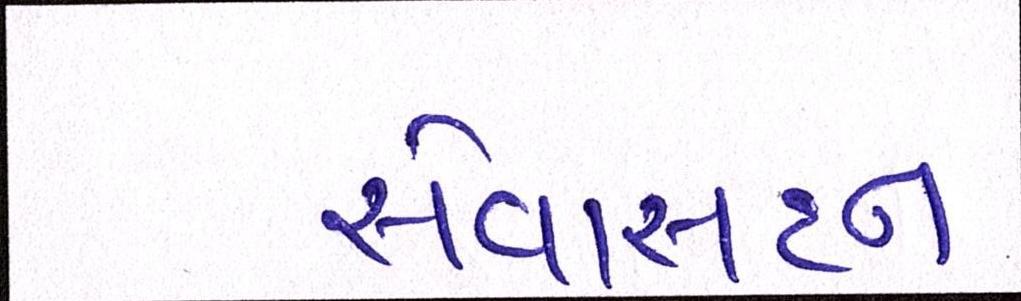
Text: સેવાસદન